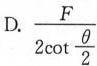
D.\frac{F}{2cot\frac{θ}{2}}